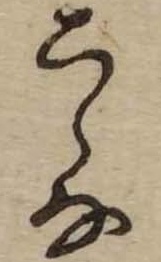
こゝな